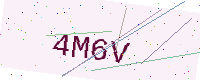
Text: 4M6V